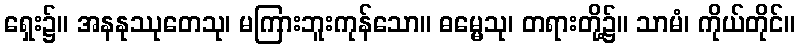
ရှေး၌။ အနနုဿုတေသု၊ မကြားဘူးကုန်သော။ ဓမ္မေသု၊ တရားတို့၌။ သာမံ၊ ကိုယ်တိုင်။